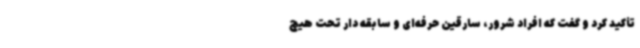
تأکید کرد و گفت که افراد شرور، سارقین حرفه‌ای و سابقه دار تحت هیچ